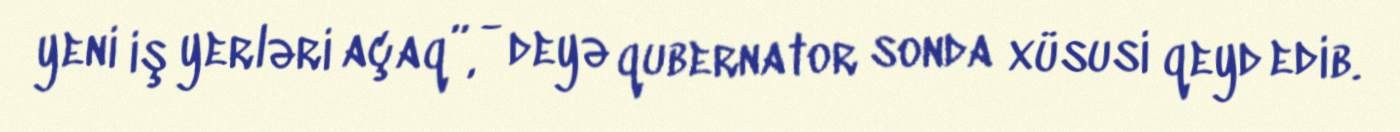
yeni iş yerləri açaq”, - deyə qubernator sonda xüsusi qeyd edib.